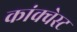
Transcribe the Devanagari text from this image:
कांक्वेस्ट